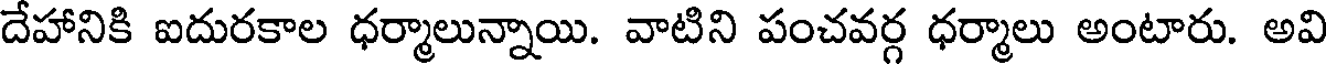
దేహానికి ఐదురకాల ధర్మాలున్నాయి. వాటిని పంచవర్గ ధర్మాలు అంటారు. అవి